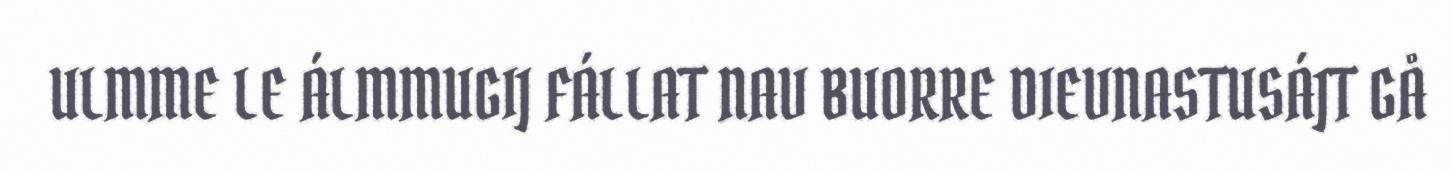
ULMME LE ÁLMMUGIJ FÁLLAT NAV BUORRE DIEVNASTUSÁJT GÅ